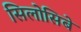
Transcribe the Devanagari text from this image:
सिलोसिबे